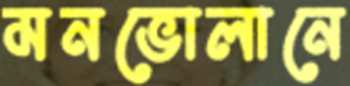
মনভোলানে